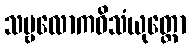
သဗ္ဗလောကဝိသံယုတ္တော